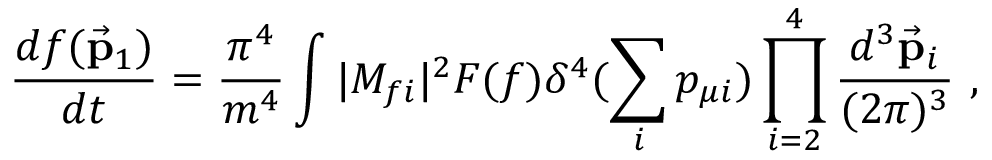
\frac { d f ( \vec { { \bf p } } _ { 1 } ) } { d t } = \frac { \pi ^ { 4 } } { m ^ { 4 } } \int | M _ { f i } | ^ { 2 } F ( f ) \delta ^ { 4 } ( \sum _ { i } p _ { \mu i } ) \prod _ { i = 2 } ^ { 4 } \frac { d ^ { 3 } \vec { { \bf p } } _ { i } } { ( 2 \pi ) ^ { 3 } } ~ ,